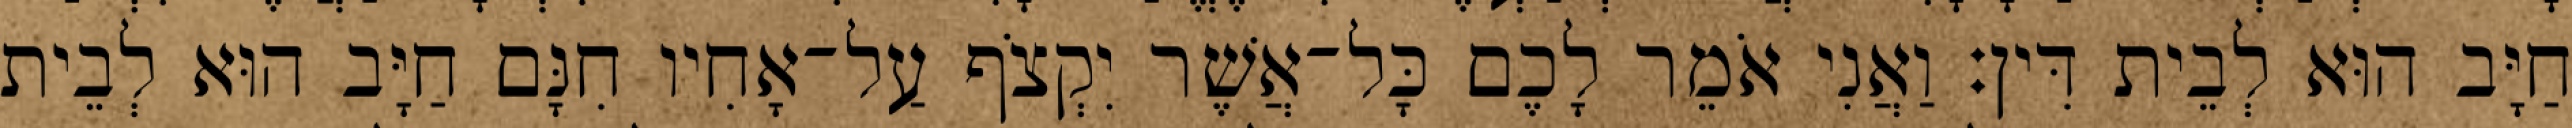
חַיָּב הוּא לְבֵית דִּין׃ וַאֲנִי אֹמֵר לָכֶם כָּל־אֲשֶׁר יִקְצֹף עַל־אָחִיו חִנָּם חַיָּב הוּא לְבֵית